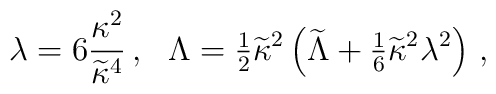
\lambda=6{\kappa^2\over\widetilde\kappa^4} \,, ~~ \Lambda ={\textstyle{1\over2}}\widetilde\kappa^2\left(\widetilde{\Lambda}+{\textstyle{1\over6}}\widetilde\kappa^2\lambda^2\right)\,,